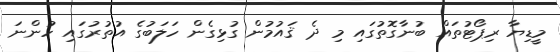
މީޑިޔާ ރިޕޯޓުތައް ބުނާގޮތުގައި މި ދެ ޤައުމުން ގުޅިގެން ހަލަބުގެ އުތުރުގައި ހުންނަ